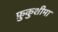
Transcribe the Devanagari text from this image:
फ़ुकुशीमा